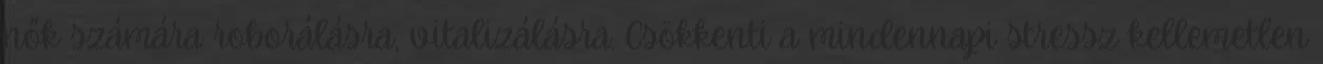
nők számára roborálásra, vitalizálásra. Csökkenti a mindennapi stressz kellemetlen